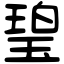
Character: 𤧥